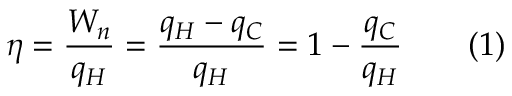
\eta = { \frac { W _ { n } } { q _ { H } } } = { \frac { q _ { H } - q _ { C } } { q _ { H } } } = 1 - { \frac { q _ { C } } { q _ { H } } } \qquad ( 1 )